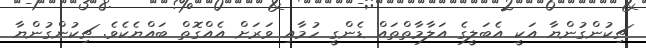
ޗިކުންގުންޔާ އަކީ އެބަލީގެ އަލާމާތްތައް ޑެންގީ ހުމާއި ވަރަށް އެއްގޮތް ބައްޔެކެވެ. ޗިކުންގުންޔާ